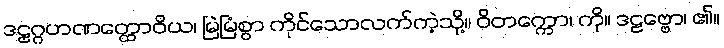
ဒဠှဂ္ဂဟဏတ္ထောဝိယ၊ မြဲမြံစွာ ကိုင်သောလက်ကဲ့သို့။ ဝိတက္ကော၊ ကို။ ဒဠဗ္ဗော၊ ၏။